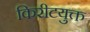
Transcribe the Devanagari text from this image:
किरीटयुक्त